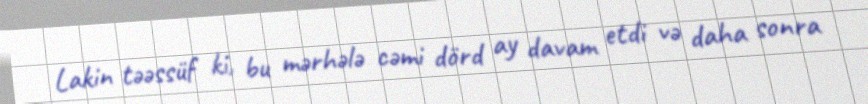
Lakin təəssüf ki, bu mərhələ cəmi dörd ay davam etdi və daha sonra